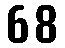
68